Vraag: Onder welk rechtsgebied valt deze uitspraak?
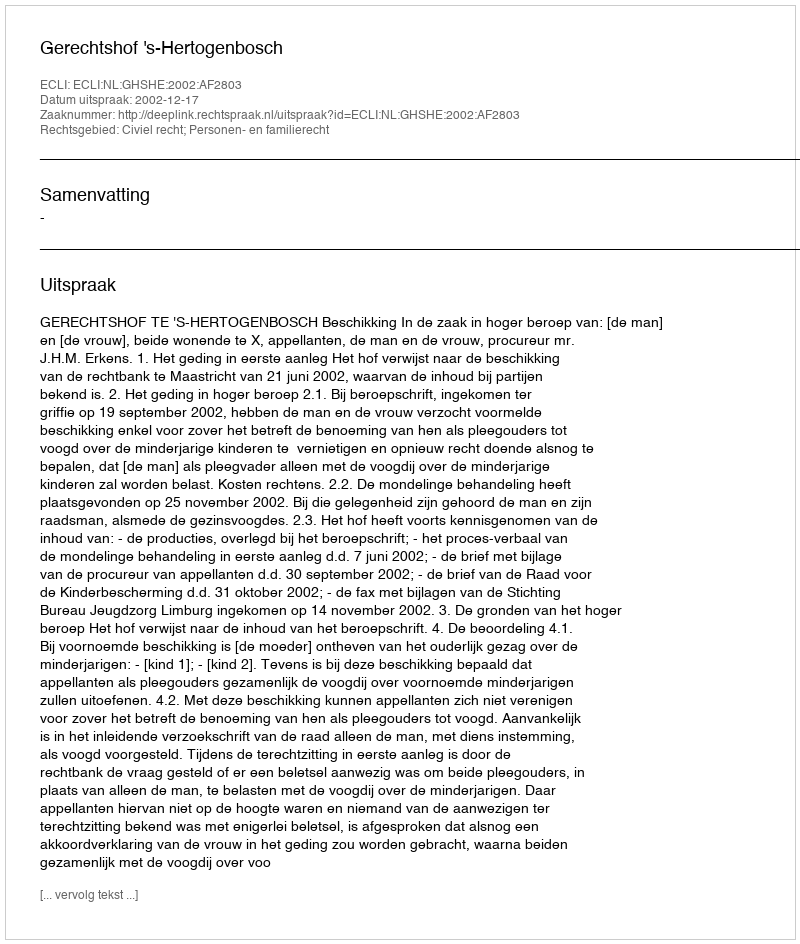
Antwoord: Civiel recht; Personen- en familierecht